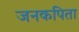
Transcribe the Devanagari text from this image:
जनकपिता